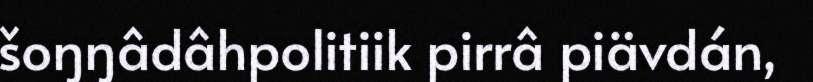
šoŋŋâdâhpolitiik pirrâ piävdán,